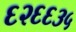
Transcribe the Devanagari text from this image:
६२६६३५